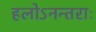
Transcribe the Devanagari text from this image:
हलोऽनन्तराः